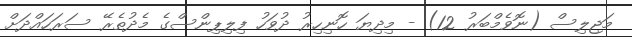
މަޖިލިސް (ނޮވެމްބަރު 12) - މިދިޔަ ހޮނިހިރު ދުވަހު ފިލިޕިންސްގެ މެދުތެރޭ ސަރަހައްދަށް